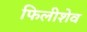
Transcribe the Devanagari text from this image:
फिलीशेव